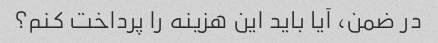
در ضمن، آیا باید این هزینه را پرداخت کنم؟